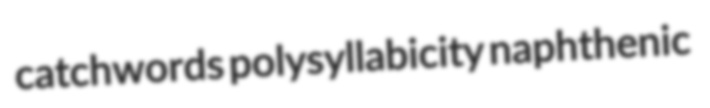
catchwords polysyllabicity naphthenic